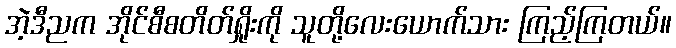
အဲ့ဒီညက အိုင်စီစတိတ်ရှိုးကို သူတို့လေးယောက်သား ကြည့်ကြတယ်။